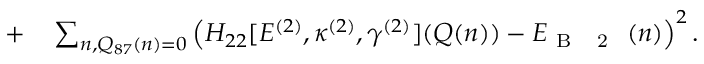
\begin{array} { r l } { + } & { { } \sum _ { n , Q _ { 8 7 } ( n ) = 0 } \left( H _ { 2 2 } [ E ^ { ( 2 ) } , \boldsymbol { \kappa } ^ { ( 2 ) } , \boldsymbol { \gamma } ^ { ( 2 ) } ] ( \boldsymbol { Q } ( n ) ) - E _ { \mathrm { ~ B ~ \textsubscript ~ { ~ 2 ~ } ~ } } ( n ) \right) ^ { 2 } . } \end{array}